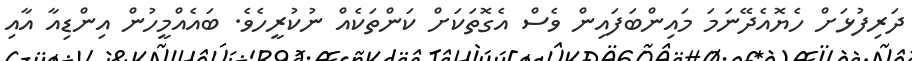
ދަރިފުޅަށް ހެޔޮއެދޭނަމަ މައިންބަފައިން ވެސް އެގޮތަކަށް ކަންތަކެއް ނުކުރީހެވެ. ބައެއްމީހުން އިންޑިއާ އާއި